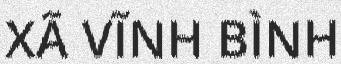
XÃ VĨNH BÌNH